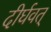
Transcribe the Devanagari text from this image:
दीर्घवत्